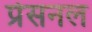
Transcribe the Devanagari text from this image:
प्रेसनल